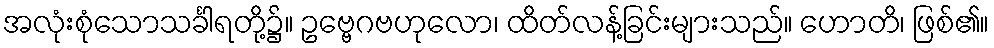
အလုံးစုံသောသင်္ခါရတို့၌။ ဥဗ္ဗေဂဗဟုလော၊ ထိတ်လန့်ခြင်းများသည်။ ဟောတိ၊ ဖြစ်၏။